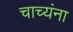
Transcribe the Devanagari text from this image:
चाच्यंना